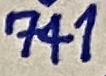
Text: 741